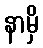
နာမှိ